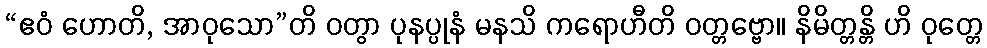
“ဧဝံ ဟောတိ, အာဝုသော”တိ ဝတွာ ပုနပ္ပုနံ မနသိ ကရောဟီတိ ဝတ္တဗ္ဗော။ နိမိတ္တန္တိ ဟိ ဝုတ္တေ